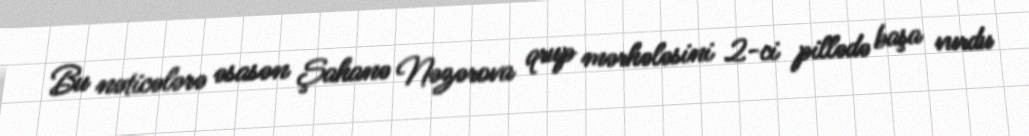
Bu nəticələrə əsasən Şahanə Nəzərova qrup mərhələsini 2-ci pillədə başa vurdu